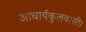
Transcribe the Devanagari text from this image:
आचार्यकुलवासी।